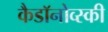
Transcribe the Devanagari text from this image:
कैडाॅनोव्स्की